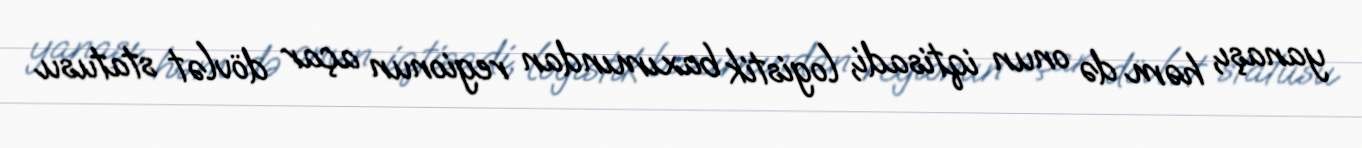
yanaşı, həm də onun iqtisadi, logistik baxımından regionun açar dövlət statusu